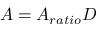
A = A _ { r a t i o } D